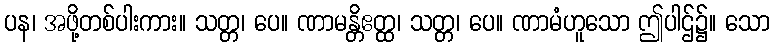
ပန၊ အဖို့တစ်ပါးကား။ သတ္တ၊ ပေ။ ဏာမန္တိဧတ္ထ၊ သတ္တ၊ ပေ။ ဏာမံဟူသော ဤပါဌ်၌။ သော